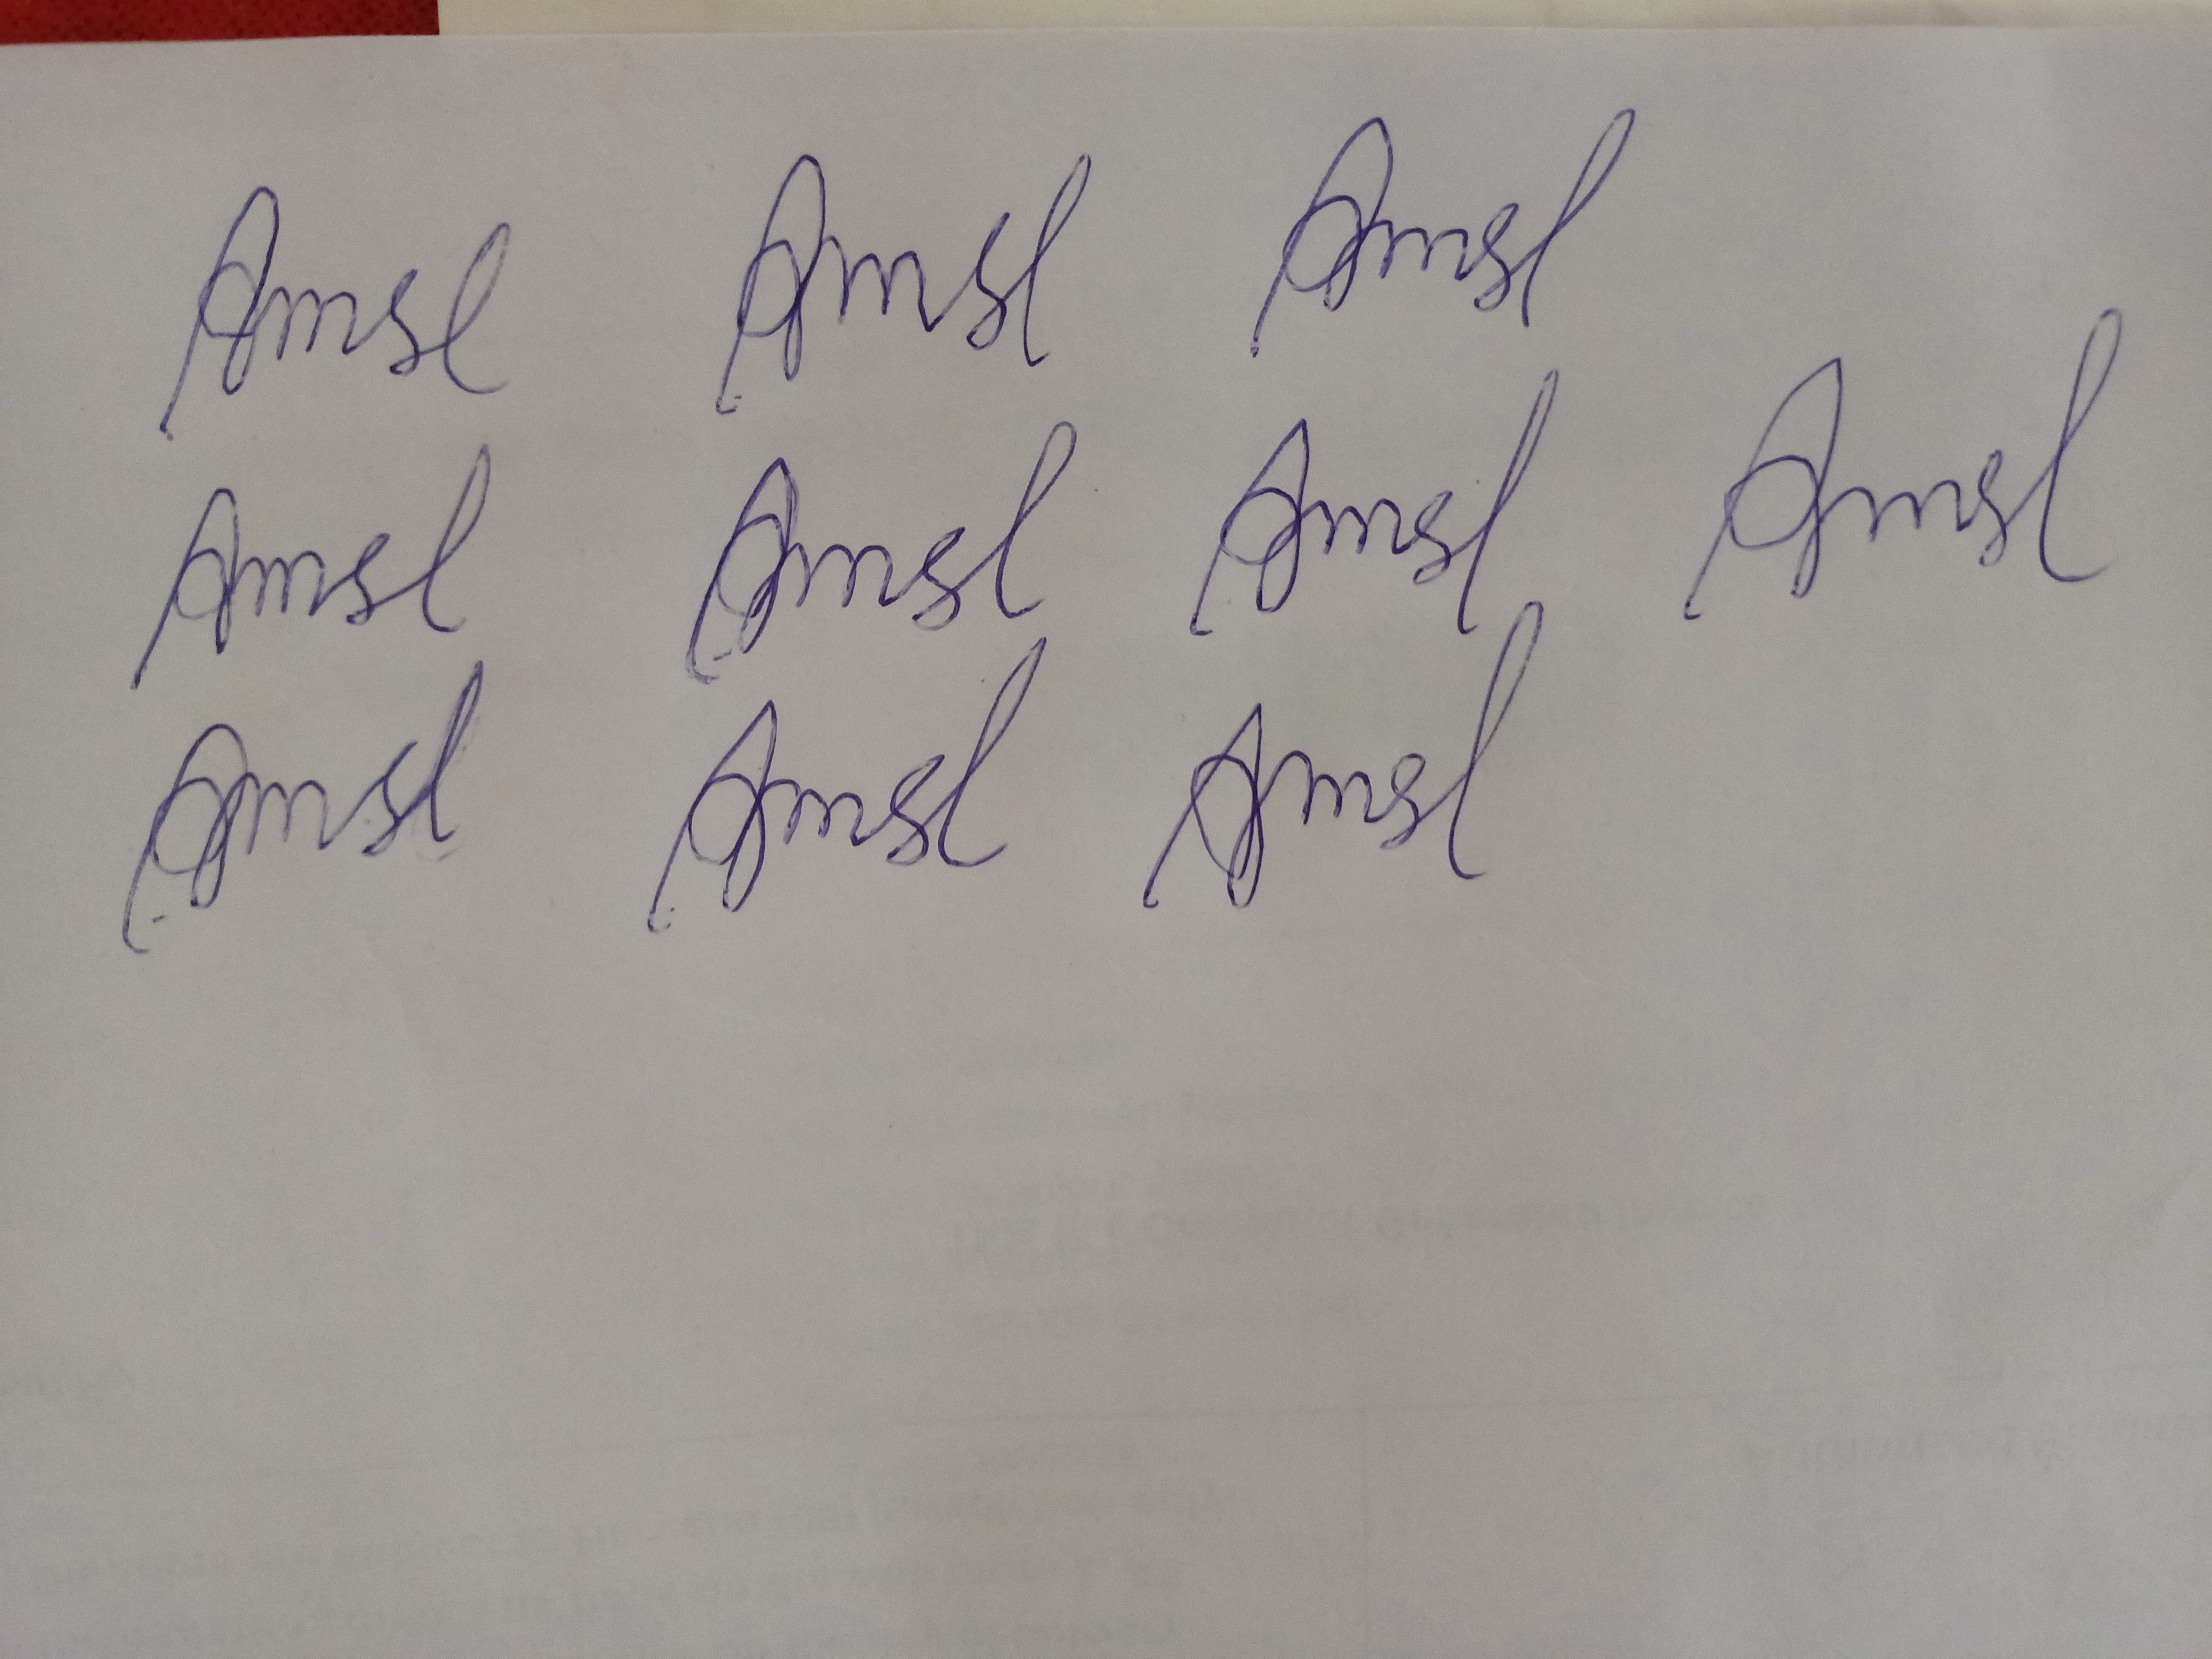
Signature authenticity: forged